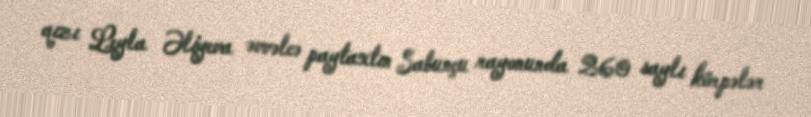
qızı Leyla Əliyeva əvvəlcə paytaxtın Sabunçu rayonunda 260 saylı körpələr